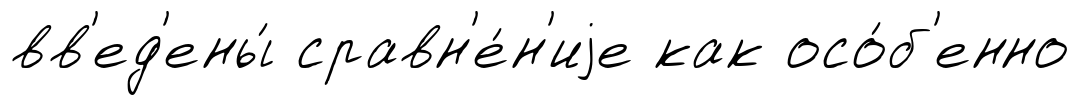
вв'ед'ены́ сравн'е́н'иjе как осо́б'енно